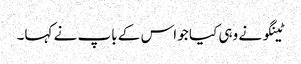
ٹینگو نے وہی کیا جو اس کے باپ نے کہا۔